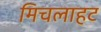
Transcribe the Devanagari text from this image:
मिचलाहट